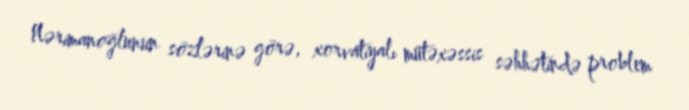
Nərimanoğlunun sözlərinə görə, xorvatiyalı mütəxəssis səhhətində problem